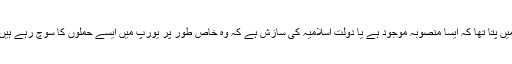
ہمیں پتا تھا کہ ایسا منصوبہ موجود ہے یا دولت اسلامیہ کی سازش ہے کہ وہ خاص طور پر یورپ میں ایسے حملوں کا سوچ رہے ہیں‘۔